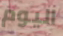
اليوم